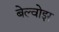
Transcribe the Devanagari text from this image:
बेल्वोइर